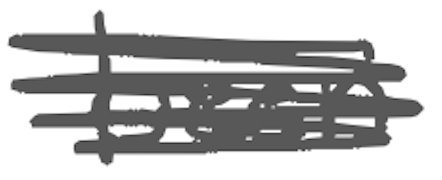
Text: been
Cross-out: scratch
Writing tool: digital_gray